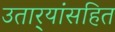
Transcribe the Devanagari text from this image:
उतार्‍यांसहित